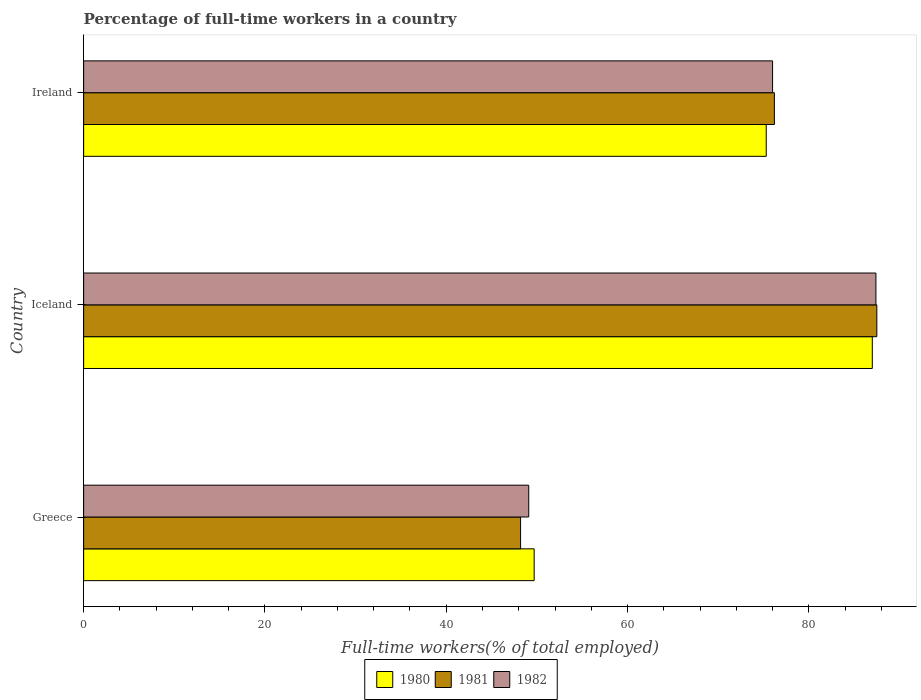
| Country | 1980 | 1981 | 1982 |
 | --- | --- | --- | --- |
 | Greece | 49.7 | 48.2 | 49.1 |
 | Iceland | 87 | 87.5 | 87.4 |
 | Ireland | 75.3 | 76.2 | 76 |